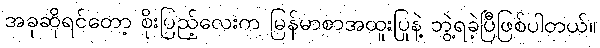
အခုဆိုရင်တော့ စိုးပြည့်လေးက မြန်မာစာအထူးပြုနဲ့ ဘွဲ့ရခဲ့ပြီဖြစ်ပါတယ်။